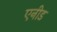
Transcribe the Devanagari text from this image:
एनीड